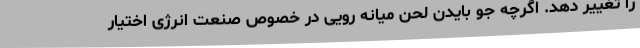
را تغییر دهد. اگرچه جو بایدن لحن میانه رویی در خصوص صنعت انرژی اختیار